Statistical return of the lunatic asylum in Assam - 1912-1932
Year: 1912
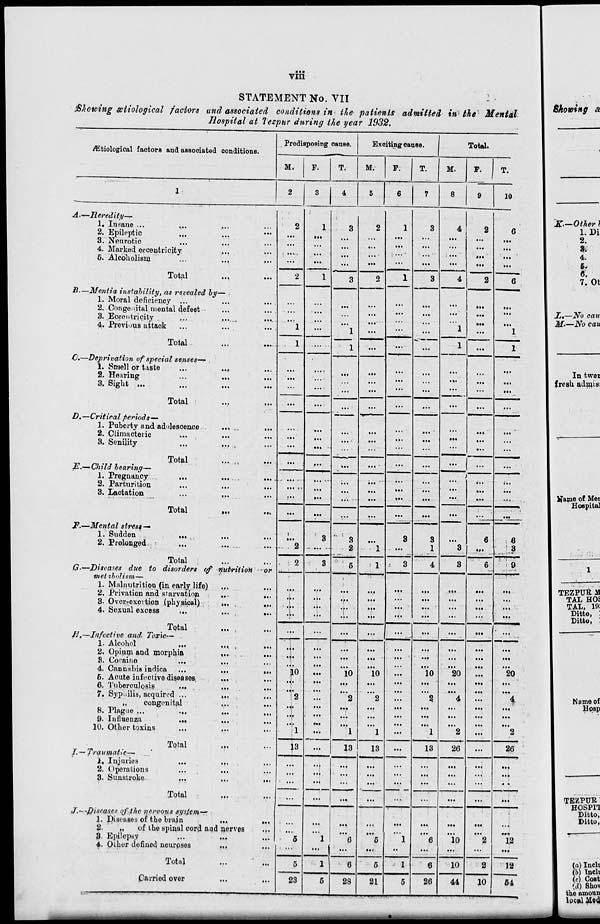
viii
STATEMENT No. VII
iBhowing sctiological factors and associated conditions in the patients admitted in the Mental
Hospital at lezpur during the year 1932.
iEtiological factors and associated conditions.
Predisposing cause.
Exciting cause.
Total.
M.
F.
T.
M.
P.
T.
M.
F.
T.
1
2
3 1 4 5 6 7 8 9 10
A.—Heredity—
1. Insane ...
2. Epileptic
3. Neurotic
4. Marked eccentricity
6. Alcoholism
...
... * i -.
•••
• •• ......
nutrition
•••
• ••
M>
& nerves
>••
«»■
•••
2
1
•11
3
2
1
1
3
4
:::■
2
6
Total
2
1
3
0
3
4
2
6
B.—Mentia instability, as revealed by
1. Moral deficiency ...
2. Congenital mental defect
3. Eccentricity
4. Previous attack
1
....
"l
1
...
...
...
...
1
...
"l
Total
1
...
...
1
...
1
C.—Deprivation of special senses-^-
1. Smell or taste
2. Hearing
3. Sight ...
...
....
...
...
...
...
...
...
Total
...
...
...
...
...
...
...
...
D.—Critical periods—
1. Puberty and adolescence
2. Climacteric
3. Senility
...
...
...
...
...
...
..,
...
Total
E.— Child bearing—
1. Pregnancy
...
2. Parturition
3. Lactation
...
...
...
...
...
...
-
...
...
j ••• •
!••
...
...
...
...
.
...
Total
...
:••
3
2
...
...
...
"3
...
...
J?.—Mental stress—
1. Sudden
... ,.
2. Prolonged
i
"2
3
"l
3
3
1
6
Ml
6
3
Total
G.—Diseases due to disorders of
tnetibolism—
1. Malnutrition (in early life)
2. Privation and starvation
3. Oveivexevtion (physical)
4. Sexual excess
...
2
3
5
1
3
4
3
6
•. 1 ...
'9
.u
i .[•
•••
V
...
...
...
...
•••
Total
H,—Infective and. Toxic—
...
...
...
...
...
1 '"
...
... [■
1. Alcohol
2. Opium and morphia
8. Cocaine
...
4. Caunahie indica
6. Acute infective diseases,
6. Tuberculosis
...
7. Syp.iilis, acquired ...
„
congenital
8. Plague ...
9. Influenza
...
1U. Other toxins
...
.1.
4
}°
•V
2
*T
-1
..<
"io
"'2
'"1
"io
"'2
1
"io
"'2
"1
"20
"*4
"2
...
"20
J
"2
Total
L —Traumatic— .
1. Injuries
2. Operations
3. Sunstroke
13
13
13
13
26
...
26
...
••I
...
•
...
1
...
...
Total
...
...
...
...
J.~-Diseases of the nervous sysfetn—
I. diseases of the brain
2-
„
of the spinal cord an
3. Epilepsy
4. Oiher donned neurpses
"5
'1
"G
"*6
"l "*6 "io "'2 *12
Total
5
1
6
5
1
6
10
2
12
Carriod over
23
6
28
21
5
26
44
10
64
Showing &
K—Other I
1. Bi
2.
9.
4.
I
7. Ot
X,—iVb can
M>—No cau
In twei
fresh admisi
IJamo of Mer
Hospital
TEZPUR M
TAL HOJ
TAL, 1J>:
Ditto, :
Ditto, :
Name of
Hpsp
TEZPUR:
HOSPI1
Ditto,
Ditto,
(a) Inclv
(b) inch
(c) COBt
{d) Shov
the amoun
local JiloU